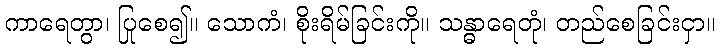
ကာရေတွာ၊ ပြုစေ၍။ သောကံ၊ စိုးရိမ်ခြင်းကို။ သန္ဓာရေတုံ၊ တည်စေခြင်းငှာ။